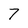
Character: 7